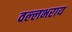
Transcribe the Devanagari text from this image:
वल्‍लभराय